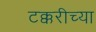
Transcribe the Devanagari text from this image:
टक्करीच्या